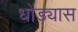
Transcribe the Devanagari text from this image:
धोंड्यास